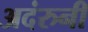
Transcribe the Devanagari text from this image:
अदंरुनी